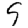
Digit: 9